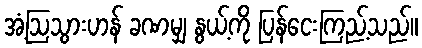
အံ့ဩသွားဟန် ခဏမျှ နွယ့်ကို ပြန်ငေးကြည့်သည်။